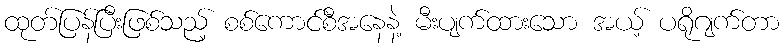
ထုတ်ပြန်ပြီးဖြစ်သည့် စစ်ကောင်စီအနေနဲ့ မီးပျက်ထားသော အယ့် ပရိုဂျက်တာ